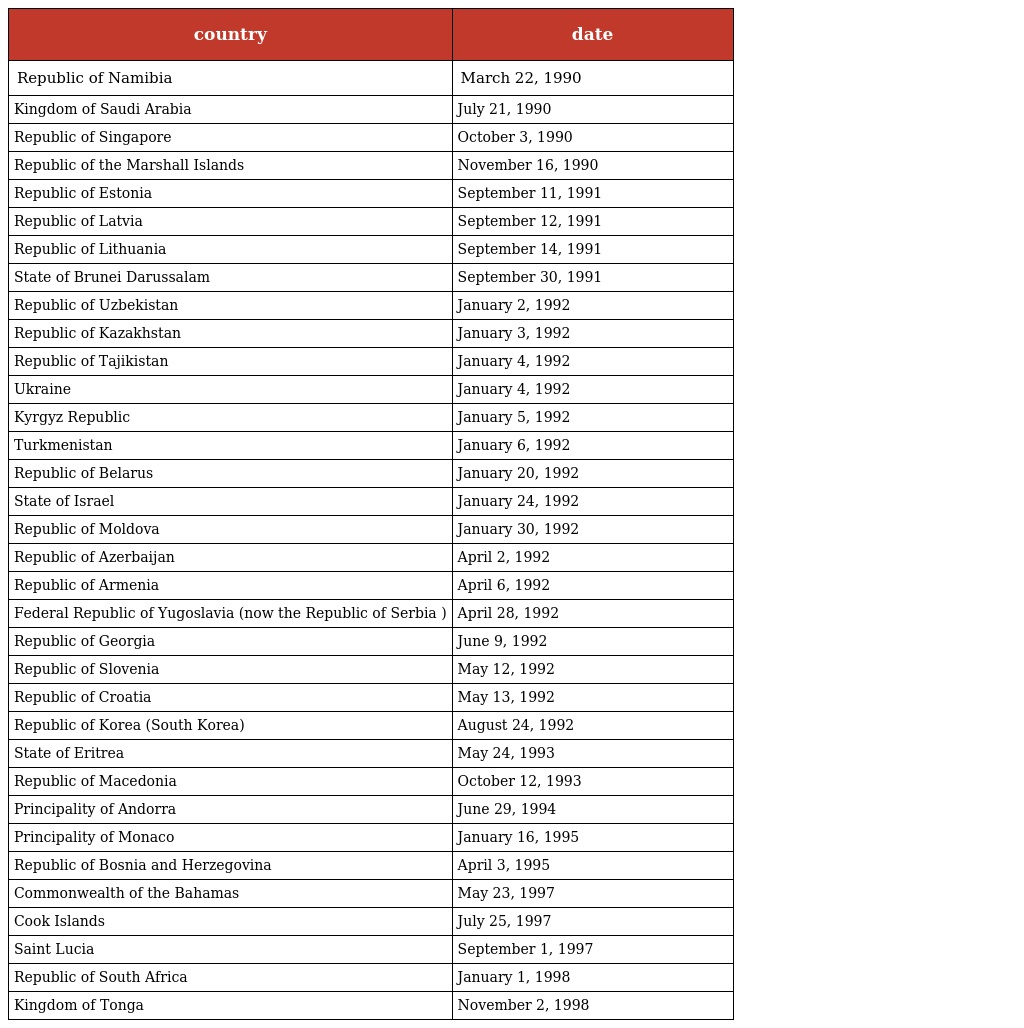
| country | date |
 | --- | --- |
 | Republic of Namibia | March 22, 1990 |
 | Kingdom of Saudi Arabia | July 21, 1990 |
 | Republic of Singapore | October 3, 1990 |
 | Republic of the Marshall Islands | November 16, 1990 |
 | Republic of Estonia | September 11, 1991 |
 | Republic of Latvia | September 12, 1991 |
 | Republic of Lithuania | September 14, 1991 |
 | State of Brunei Darussalam | September 30, 1991 |
 | Republic of Uzbekistan | January 2, 1992 |
 | Republic of Kazakhstan | January 3, 1992 |
 | Republic of Tajikistan | January 4, 1992 |
 | Ukraine | January 4, 1992 |
 | Kyrgyz Republic | January 5, 1992 |
 | Turkmenistan | January 6, 1992 |
 | Republic of Belarus | January 20, 1992 |
 | State of Israel | January 24, 1992 |
 | Republic of Moldova | January 30, 1992 |
 | Republic of Azerbaijan | April 2, 1992 |
 | Republic of Armenia | April 6, 1992 |
 | Federal Republic of Yugoslavia (now the Republic of Serbia ) | April 28, 1992 |
 | Republic of Georgia | June 9, 1992 |
 | Republic of Slovenia | May 12, 1992 |
 | Republic of Croatia | May 13, 1992 |
 | Republic of Korea (South Korea) | August 24, 1992 |
 | State of Eritrea | May 24, 1993 |
 | Republic of Macedonia | October 12, 1993 |
 | Principality of Andorra | June 29, 1994 |
 | Principality of Monaco | January 16, 1995 |
 | Republic of Bosnia and Herzegovina | April 3, 1995 |
 | Commonwealth of the Bahamas | May 23, 1997 |
 | Cook Islands | July 25, 1997 |
 | Saint Lucia | September 1, 1997 |
 | Republic of South Africa | January 1, 1998 |
 | Kingdom of Tonga | November 2, 1998 |